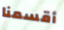
أقسمنا